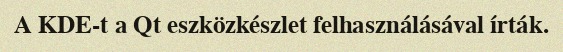
A KDE-t a Qt eszközkészlet felhasználásával írták.